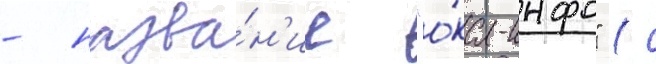
- назва́н'ие "о́ка-инфо" (с